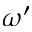
\omega ^ { \prime }